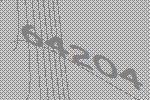
64204